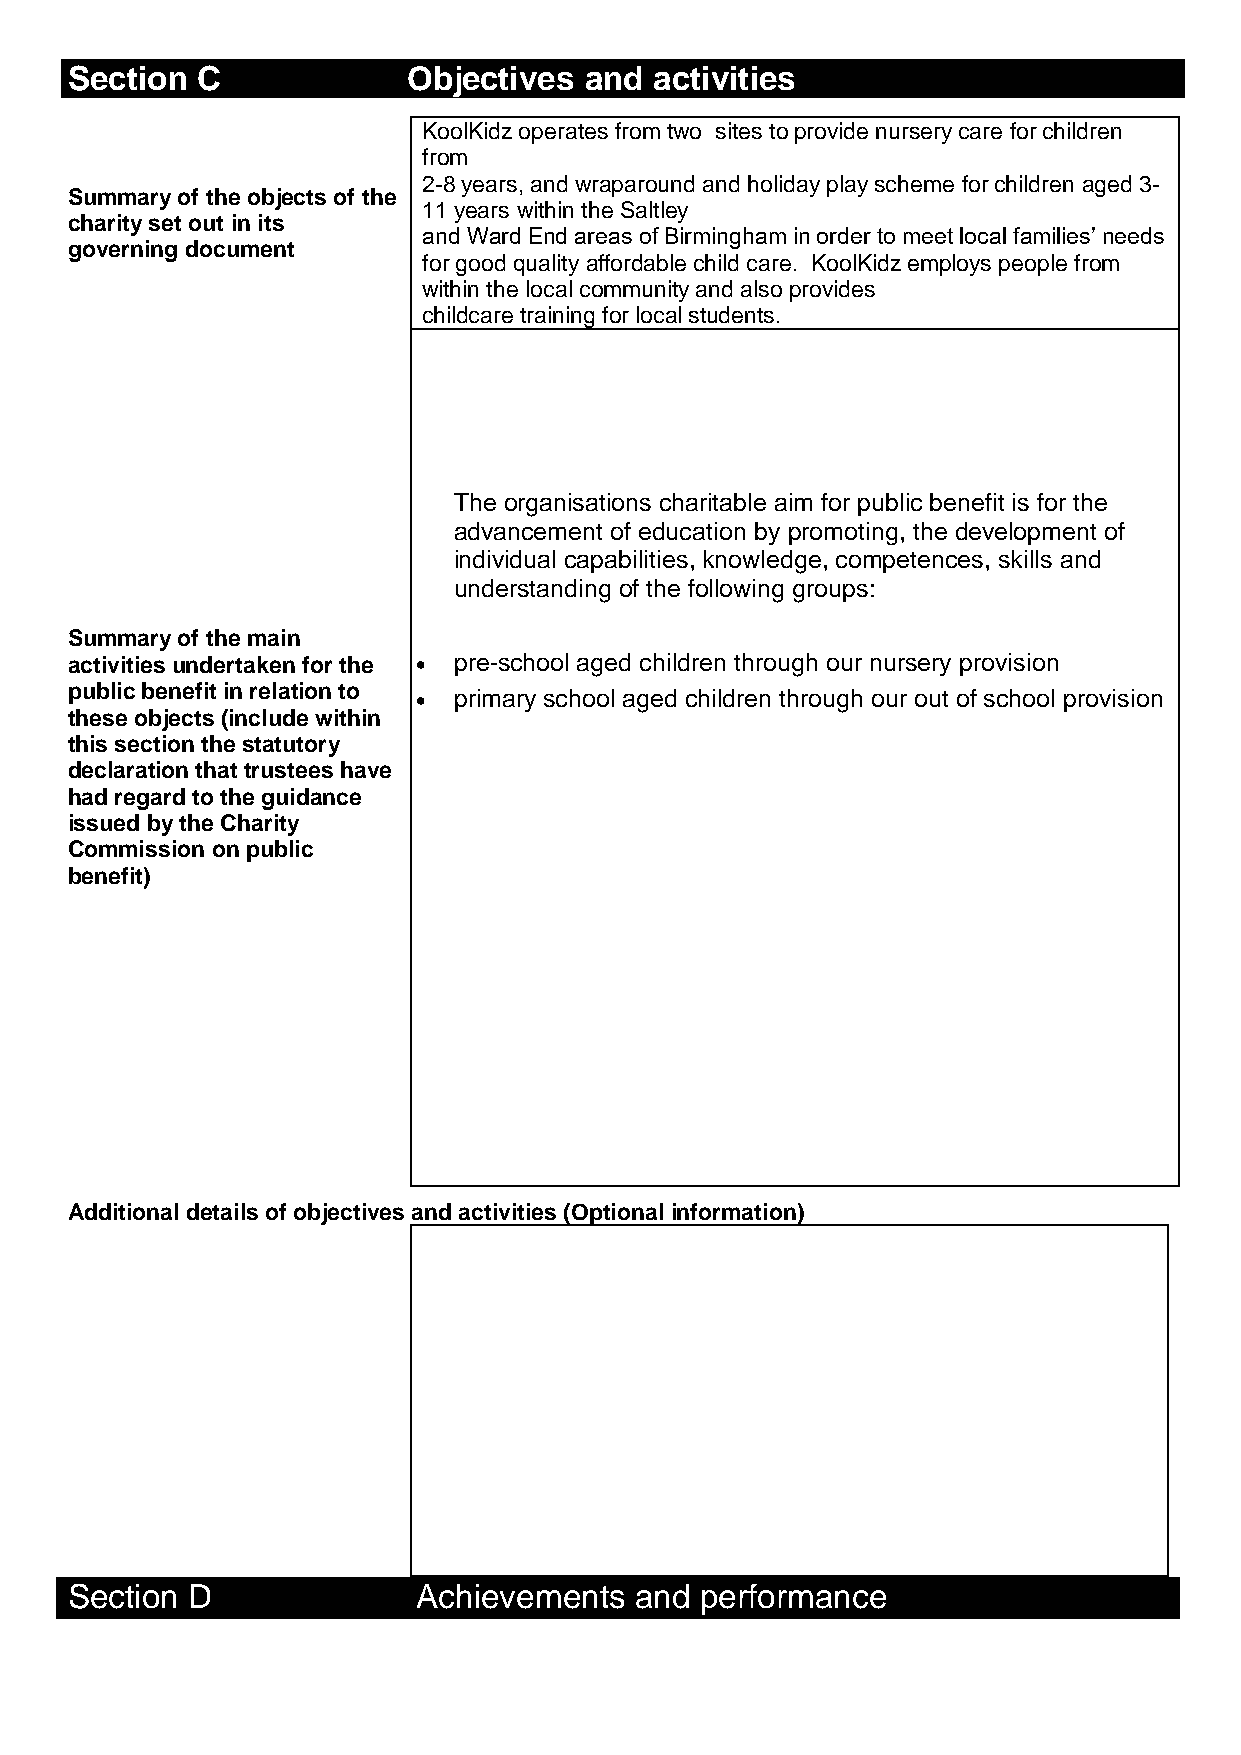
Section  C             Objectives  and activities
 KoolKidz operates from two sites to provide nursery care for children
 from
 2-8 years, and wraparound and holiday play scheme for children aged 3-
 Summary of the objects of the
 11 years within the Saltley
 charity set out in its
 and Ward End areas of Birmingham in order to meet local families’ needs
 governing document
 for good quality affordable child care. KoolKidz employs people from
 within the local community and also provides
 childcare training for local students.
 The organisations charitable aim for public benefit is for the
 advancement of education by promoting, the development of
 individual capabilities, knowledge, competences, skills and
 understanding of the following groups:
 Summary of the main
 activities undertaken for the  pre-school aged children through our nursery provision
 public benefit in relation to
  primary school aged children through our out of school provision
 these objects (include within
 this section the statutory
 declaration that trustees have
 had regard to the guidance
 issued by the Charity
 Commission on public
 benefit)
 Additional details of objectives and activities (Optional information)
 Section D               Achievements  and performance